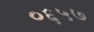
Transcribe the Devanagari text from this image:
०६५७